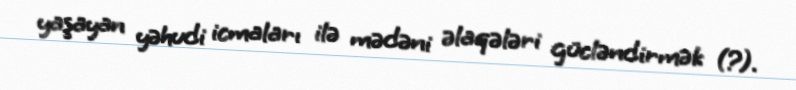
yaşayan yəhudi icmaları ilə mədəni əlaqələri gücləndirmək (?).